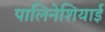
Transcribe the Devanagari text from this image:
पालिनेशियाई